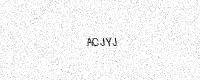
Text: ACJYJ